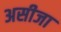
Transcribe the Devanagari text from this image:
असीजा